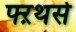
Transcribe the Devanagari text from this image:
फ्ऱथर्स